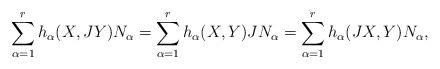
LaTeX: \begin{align*}\sum_{\alpha=1}^rh_{\alpha}(X,JY)N_{\alpha}=\sum_{\alpha=1}^rh_{\alpha}(X,Y)JN_{\alpha}=\sum_{\alpha=1}^rh_{\alpha}(JX,Y)N_{\alpha},\end{align*}